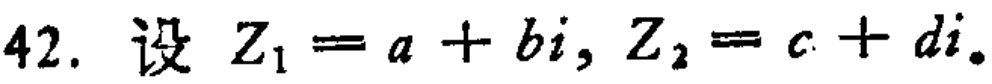
42. 设 \(Z_{1}=a + bi, Z_{2}=c + di\)。